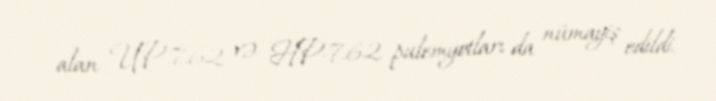
alan UP-7.62 və HP-7.62 pulemyotları da nümayiş edildi.